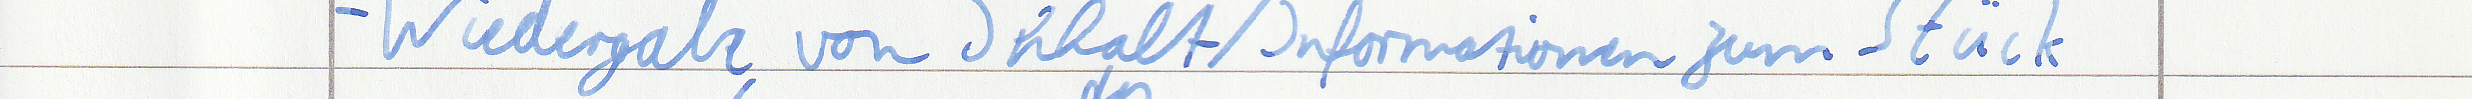
- Wiedergabe von Inhalt / Informationen zum Stück